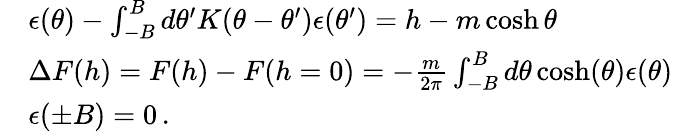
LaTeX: \begin{array}{rl}&{\epsilon(\theta)-\int_{-B}^{B}d\theta^{\prime}K(\theta-\theta^{\prime})\epsilon(\theta^{\prime})=h-m\cosh\theta}\\ &{\Delta F(h)=F(h)-F(h=0)=-\frac{m}{2\pi}\int_{-B}^{B}d\theta\cosh(\theta)\epsilon(\theta)}\\ &{\epsilon(\pm B)=0\, .}\end{array}